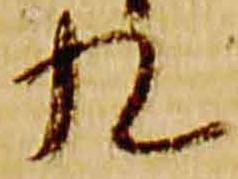
九